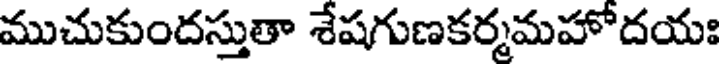
ముచుకుందస్తుతా శేషగుణకర్మమహోదయః